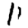
Digit: 1